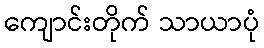
ကျောင်းတိုက် သာယာပုံ